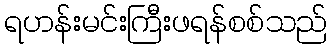
ရဟန်းမင်းကြီးဖရန်စစ်သည်